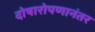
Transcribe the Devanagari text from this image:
दोषारोपणानंतर